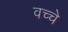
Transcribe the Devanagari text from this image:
वच्चे